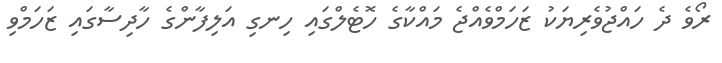
ރޯވެ ދެ ހައްޖުވެރިޔަކު ޒަހަމްވެއްޖެ މައްކާގެ ހޮޓެލްގައި ހިނގި އަލިފާންގެ ހާދިސާގައި ޒަހަމްވި